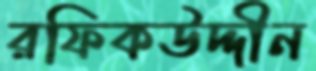
রফিকউদ্দীন